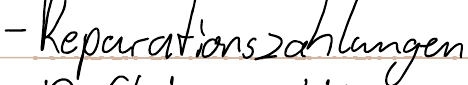
- Reparationszahlungen